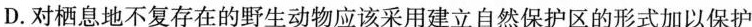
D. 对栖息地不复存在的野生动物应该采用建立自然保护区的形式加以保护